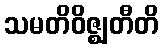
သမတိဝိဇ္ဈတီတိ